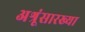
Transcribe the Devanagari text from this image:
अश्रूंसारख्या